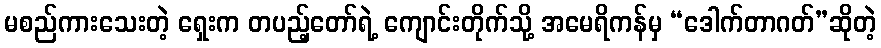
မစည်ကားသေးတဲ့ ရှေးက တပည့်တော်ရဲ့ ကျောင်းတိုက်သို့ အမေရိကန်မှ “ဒေါက်တာဂတ်”ဆိုတဲ့